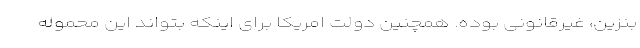
بنزین، غیرقانونی بوده. همچنین دولت امریکا برای اینکه بتواند این محموله